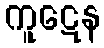
ကူဋေန